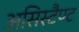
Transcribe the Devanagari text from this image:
असिस्टैण्ट